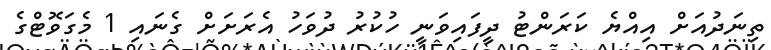
ތިނަދުއަށް އިއްޔެ ކަރަންޓު ދީފައިވަނީ ހުކުރު ދުވަހު އެރަށަށް ގެނައި 1 މެގަވޮޓްގެ